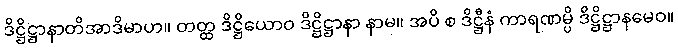
ဒိဋ္ဌိဋ္ဌာနာတိအာဒိမာဟ။ တတ္ထ ဒိဋ္ဌိယောဝ ဒိဋ္ဌိဋ္ဌာနာ နာမ။ အပိ စ ဒိဋ္ဌီနံ ကာရဏမ္ပိ ဒိဋ္ဌိဋ္ဌာနမေဝ။